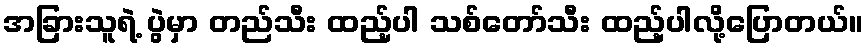
အခြားသူရဲ့ ပွဲမှာ တည်သီး ထည့်ပါ သစ်တော်သီး ထည့်ပါလို့ပြောတယ်။